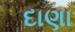
દાણા